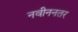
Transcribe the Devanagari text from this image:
नवीननतर